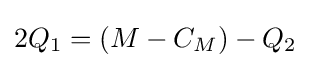
2Q_{1}=(M-C_{M})-Q_{2}